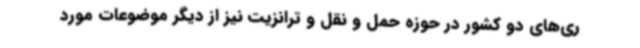
ری‌های دو کشور در حوزه حمل و نقل و ترانزیت نیز از دیگر موضوعات مورد